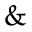
\&